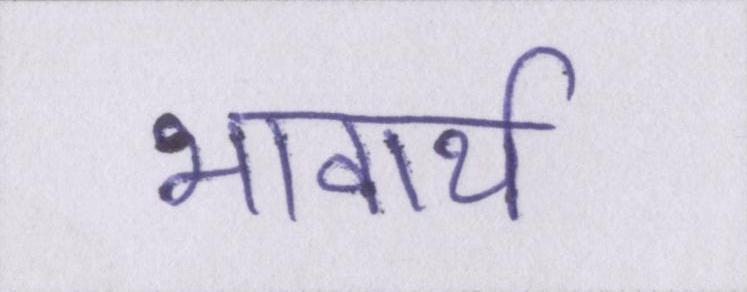
भावार्थ